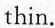
thin.